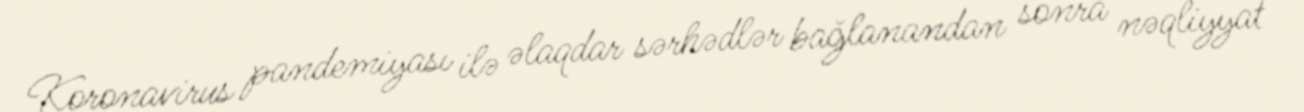
Koronavirus pandemiyası ilə əlaqdar sərhədlər bağlanandan sonra nəqliyyat